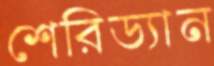
শেরিড্যান